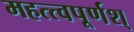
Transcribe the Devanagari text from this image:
महत्त्वपूर्णश्